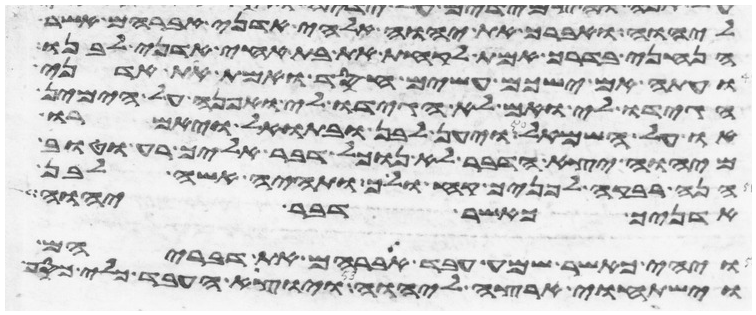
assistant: ליהוה ואברך את יהוה אלהי אדני אברהם אשר
הנחני בדרך אמת לקחת את בת אחי אדני לבנו
ועתה אם ישכם עשים חסד ואמת את אדני
הגידו לי ואם לא הגידו לי ואפנה על הימין
או על השמאל ויען לבן ובתואל ויאמרו
מיהוה יצא הדבר לא נוכל דבר אליך רע וטוב
הנה רבקה לפניך קח ולך ותהי אשה לבן
אדניך כאשר דבר יהוה
ויהי כאשר שמע עבד אברהם את דבריהם
וישתחוי ארצה ליהוה ויוצא העבד כלי כסף